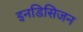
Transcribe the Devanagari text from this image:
इनडिसिजन